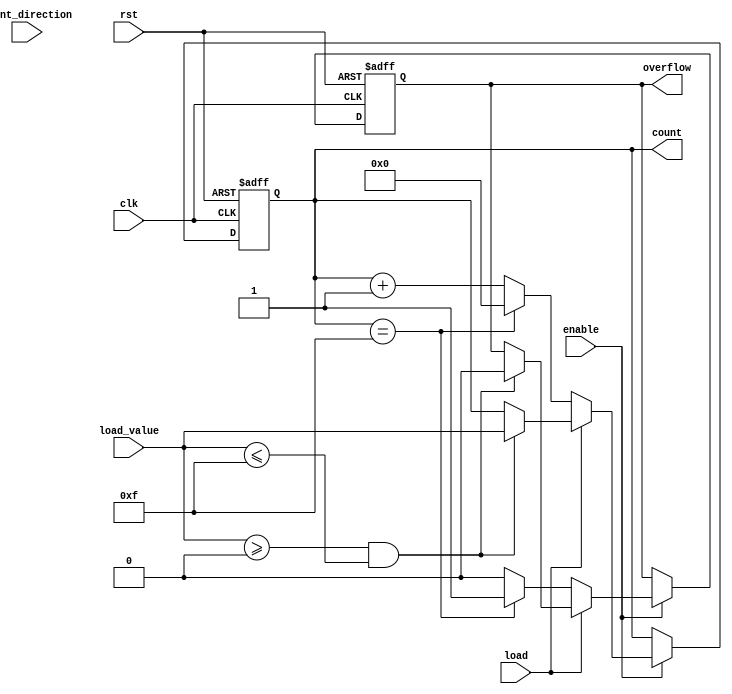
module ParameterizedCounter #(
    parameter WIDTH = 4,          // Number of bits for the counter
    parameter MIN_VALUE = 0,      // Minimum count value
    parameter MAX_VALUE = 15,     // Maximum count value
    parameter COUNT_MODE = 0      // 0: Up, 1: Down, 2: Up/Down
) (
    input wire clk,               // Clock signal
    input wire rst,               // Active-high reset signal
    input wire enable,            // Enable counting
    input wire count_direction,    // Count direction (for Up/Down mode)
    input wire load,              // Load new value signal
    input wire [WIDTH-1:0] load_value, // Value to load
    output reg [WIDTH-1:0] count, // Current count value
    output reg overflow           // Overflow indication
);

    // Initialize the count during reset
    always @(posedge clk or posedge rst) begin
        if (rst) begin
            count <= MIN_VALUE;   // Reset to minimum value
            overflow <= 0;        // Clear overflow
        end else if (!enable) begin
            // Do nothing, retain current value
        end else if (load) begin
            // Load new value into the counter respecting the bounds
            if (load_value >= MIN_VALUE && load_value <= MAX_VALUE) begin
                count <= load_value;
                overflow <= 0;    // Clear overflow
            end else begin
                // Ignore load if the value is out of bounds
                // Optionally set overflow flag here if required
            end
        end else begin
            // Counting logic based on the counting mode
            case (COUNT_MODE)
                2'b00: begin // Count Up
                    if (count == MAX_VALUE) begin
                        count <= MIN_VALUE; // Wrap around
                        overflow <= 1;      // Set overflow
                    end else begin
                        count <= count + 1; // Increment
                        overflow <= 0;      // No overflow
                    end
                end
                2'b01: begin // Count Down
                    if (count == MIN_VALUE) begin
                        count <= MAX_VALUE; // Wrap around
                        overflow <= 1;      // Set overflow
                    end else begin
                        count <= count - 1; // Decrement
                        overflow <= 0;      // No overflow
                    end
                end
                2'b10: begin // Up/Down mode
                    if (count_direction) begin // Count Up
                        if (count == MAX_VALUE) begin
                            count <= MIN_VALUE; // Wrap around
                            overflow <= 1;      // Set overflow
                        end else begin
                            count <= count + 1; // Increment
                            overflow <= 0;      // No overflow
                        end
                    end else begin // Count Down
                        if (count == MIN_VALUE) begin
                            count <= MAX_VALUE; // Wrap around
                            overflow <= 1;      // Set overflow
                        end else begin
                            count <= count - 1; // Decrement
                            overflow <= 0;      // No overflow
                        end
                    end
                end
                default: begin
                    // Invalid COUNT_MODE (should not happen)
                end
            endcase
        end
    end

endmodule